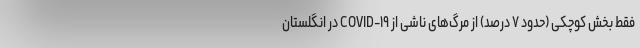
فقط بخش کوچکی (حدود ۷ درصد) از مرگ‌های ناشی از COVID-۱۹ در انگلستان